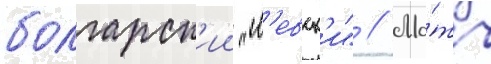
болгарск'ии "л'евск'и" // Ма́тч